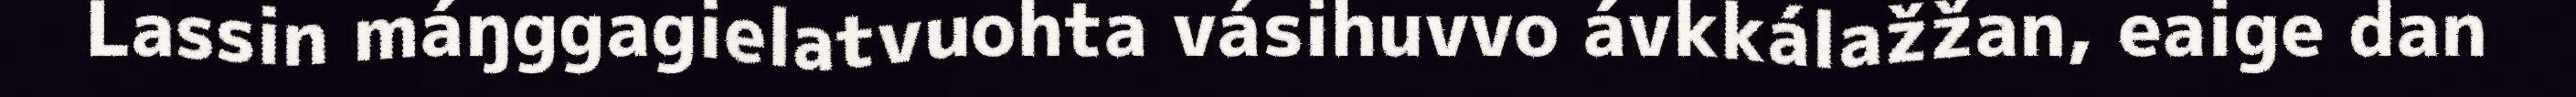
Lassin máŋggagielatvuohta vásihuvvo ávkkálažžan, eaige dan